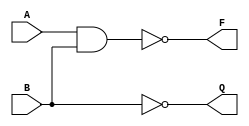
module odev1_devre(
    input A,
    input B,
    output F,
    output Q
);

wire wire1;
and(wire1,A,B);

wire wire2;
not(wire2,wire1);

xor(F,wire2,1'b0);

wire wire3;
or(wire3,A,1'b1);

nand(Q,wire3,B);

endmodule